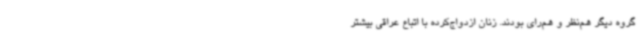
گروه دیگر هم‌نظر و هم‌رای بودند. زنان ازدواج‌کرده با اتباع عراقی بیشتر